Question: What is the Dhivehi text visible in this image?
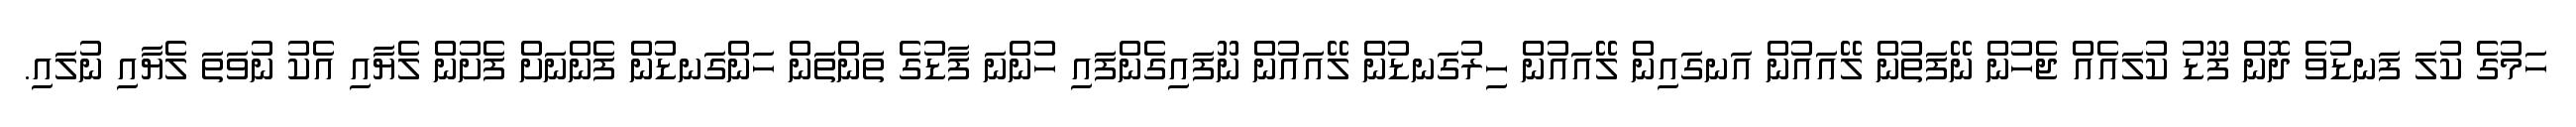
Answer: ހަމުގެ ކުލަ ފަނޑުވެ ދޮން ފޫޑު ކުލައެއް ޖެހުން ނޭފަތުން ލޭއައުން އަނގައިން ލޭއައުން ހިރުގަނޑުން ލޭއައުން ނޫފައިގެންފައި ހުންނަ ފާޑުގެ ތަންތަން ހަންގަނޑުން ފެންނަށް ފެށުން ލެޔާއި އެކު ނުވަތަ ލެޔާއި ނުލައި.